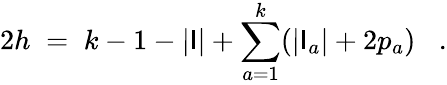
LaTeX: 2h\; =\; k-1-|\mathsf{I}|+\sum_{a=1}^{k}(|\mathsf{I}_{a}|+2p_{a})\; \; \; .